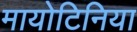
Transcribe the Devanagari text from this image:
मायोटिनिया